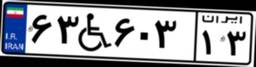
۶۳W۶۰۳۱۳